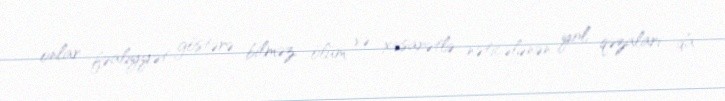
onlar fəaliyyət göstərə bilməz, ölüm və xəsarətlə nəticələnən yol qəzaları da